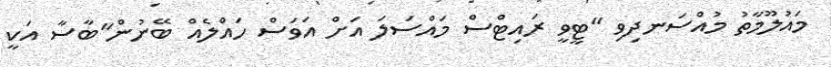
މައުލޫމާތު މުއްސަނދިވި "ޓީވީ ރައިޓްސް މައްސަލަ އަށް އަވަސް ހައްލެއް ބޭނުން"ބާސާ އަކީ